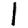
Digit: 1